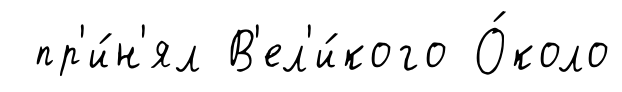
пр'и́н'ял В'ел'и́кого О́коло